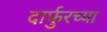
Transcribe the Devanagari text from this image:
दार्फुरच्या